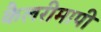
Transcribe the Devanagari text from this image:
कैलरीमापी